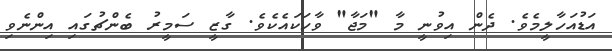
އަޑުއަހާލީމެވެ. ދެން އިވުނީ މާ "މަޖާ" ވާހަކައެކެވެ. ގާޒީ ސަމީރު ބެންޗުގައި އިންނެވި